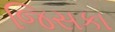
જિસકા